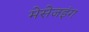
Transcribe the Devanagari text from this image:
मेसेजइंग